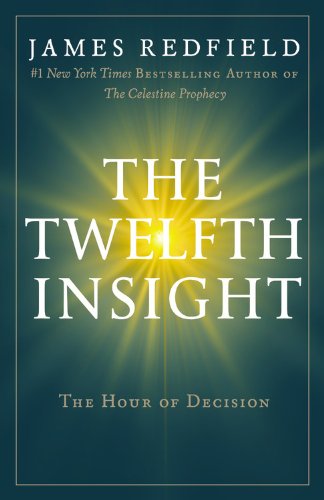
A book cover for The Twelfth Insight: The Hour of Decision (Celestine Series); James Redfield; Literature & Fiction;